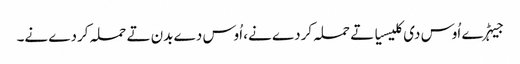
جیہڑے اُوس دی کلیسیا تے حملہ کردے نے، اُوس دے بدن تے حملہ کردے نے۔